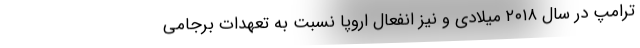
ترامپ در سال ۲۰۱۸ میلادی و نیز انفعال اروپا نسبت به تعهدات برجامی